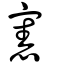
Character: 憲